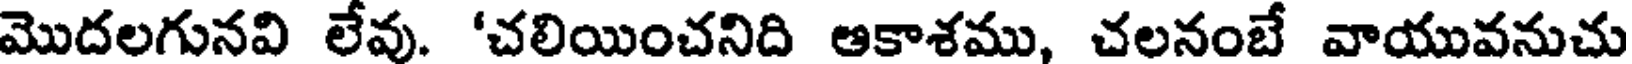
మొదలగునవి లేవు. 'చలియించనిది ఆకాశము, చలనంబే వాయువనుచు